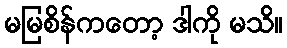
မမြစိန်ကတော့ ဒါကို မသိ။